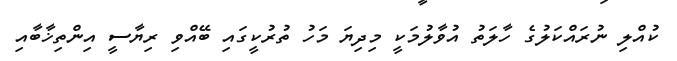
ކުއްލި ނުރައްކަލުގެ ހާލަތު އުވާލުމަކީ މިދިޔަ މަހު ތުރުކީގައި ބޭއްވި ރިޔާސީ އިންތިޚާބާއި